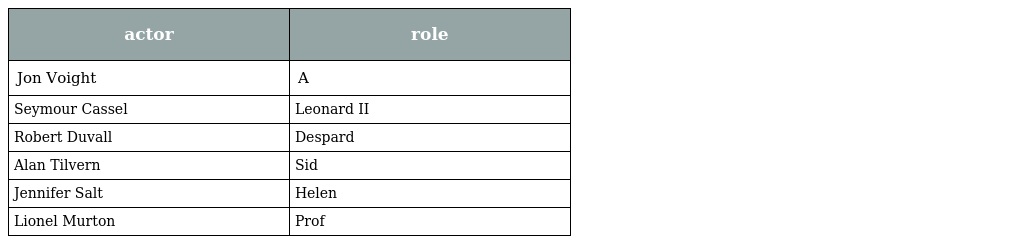
| actor | role |
 | --- | --- |
 | Jon Voight | A |
 | Seymour Cassel | Leonard II |
 | Robert Duvall | Despard |
 | Alan Tilvern | Sid |
 | Jennifer Salt | Helen |
 | Lionel Murton | Prof |